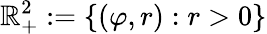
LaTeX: \mathbb{R}_{+}^{2}:=\left\{ (\varphi,r):r>0\right\}